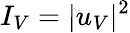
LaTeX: I_{V}=|u_{V}|^{2}